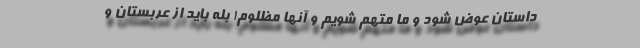
داستان عوض شود و ما متهم شویم و آنها مظلوم! بله باید از عربستان و